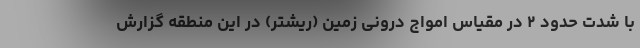
با شدت حدود ۲ در مقیاس امواج درونی زمین (ریشتر) در این منطقه گزارش